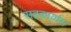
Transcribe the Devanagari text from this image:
सहकार्यास